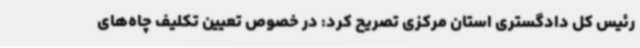
رئیس کل دادگستری استان مرکزی تصریح کرد: در خصوص تعیین تکلیف چاه‌های